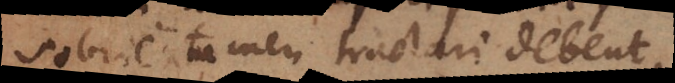
Sobrie tamen tractari debent.